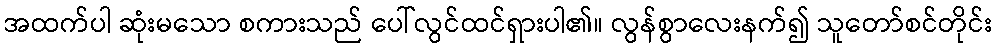
အထက်ပါ ဆုံးမသော စကားသည် ပေါ်လွင်ထင်ရှားပါ၏။ လွန်စွာလေးနက်၍ သူတော်စင်တိုင်း